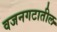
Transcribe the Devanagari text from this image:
वजनगटातील